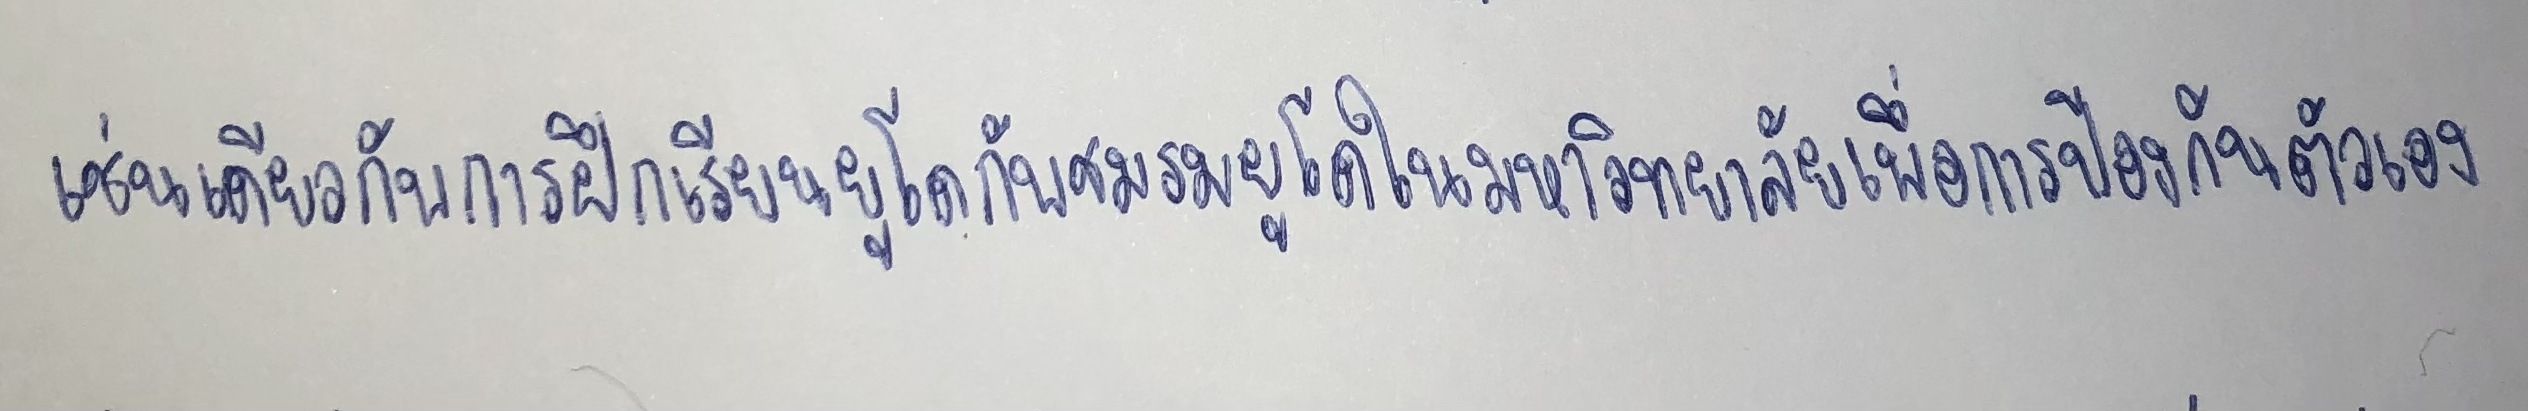
เช่นเดียวกับการฝึกเรียนยูโดกับชมรมยูโดในมหาวิทยาลัยเพื่อการป้องกันตัวเอง